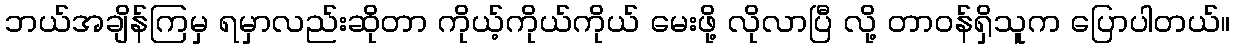
ဘယ်အချိန်ကြမှ ရမှာလည်းဆိုတာ ကိုယ့်ကိုယ်ကိုယ် မေးဖို့ လိုလာပြီ လို့ တာဝန်ရှိသူက ပြောပါတယ်။